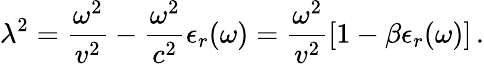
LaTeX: \lambda^{2}=\frac{\omega^{2}}{v^{2}}-\frac{\omega^{2}}{c^{2}}\epsilon_{r}(\omega)=\frac{\omega^{2}}{v^{2}}[1-\beta\epsilon_{r}(\omega)]\, .